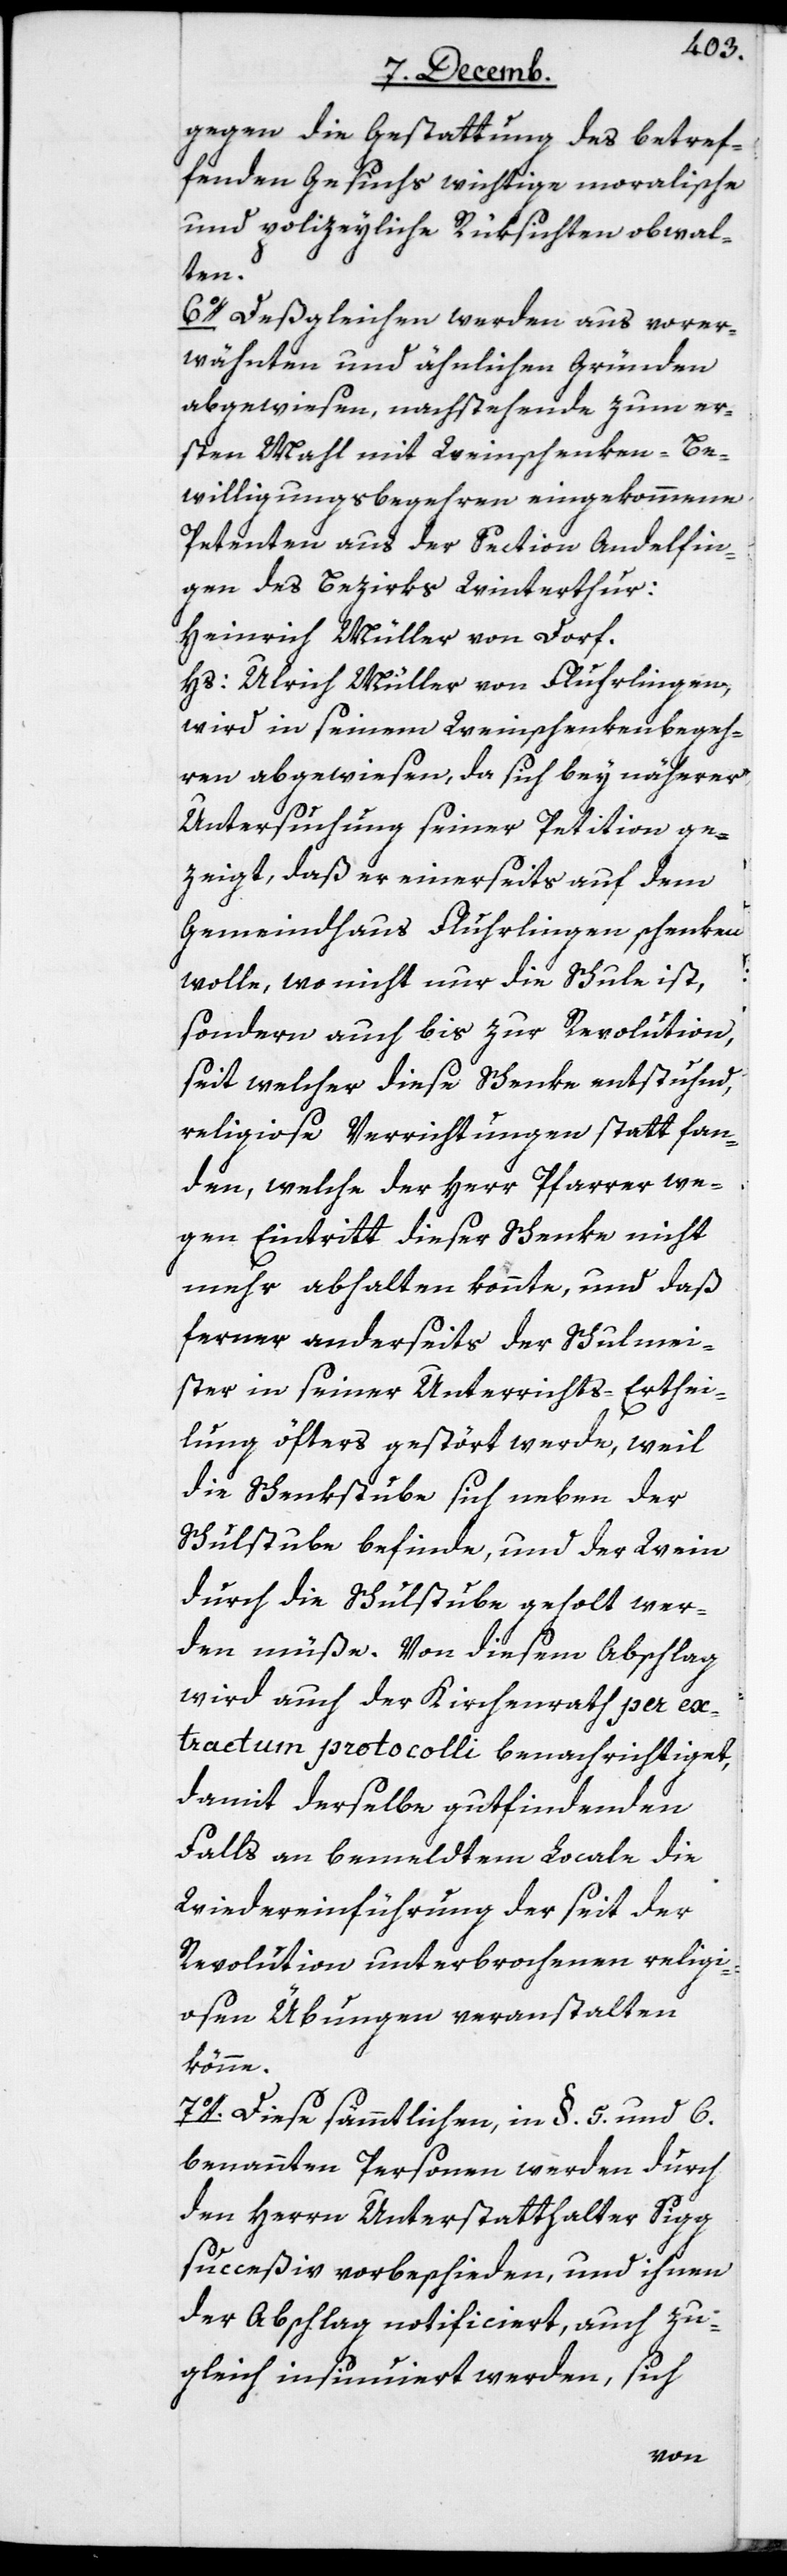
gegen die Gestattung des betref¬
fenden Gesuchs wichtige moralische
und polizeyliche Rüksichten obwal¬
ten.
6o. Deßgleichen werden aus vorer¬
wähnten und ähnlichen Gründen
abgewiesen, nachstehende zum er¬
sten Mahl mit Weinschenken-Be¬
willigungsbegehren eingekommene
Petenten aus der Section Andelfin¬
gen des Bezirks Winterthur:
Heinrich Müller von Dorf.
Hs. Ulrich Müller von Fluhrlingen,
wird in seinem Weinschenkenbegeh¬
ren abgewiesen, da sich bey näherer
Untersuchung seiner Petition ge¬
zeigt, daß er einerseits auf dem
Gemeindhaus Fluhrlingen schenken
wolle, wo nicht nur die Schule ist,
sondern auch bis zur Revolution,
seit welcher diese Schenke entstuhnd,
religiose Verrichtungen statt fan¬
den, welche der Herr Pfarrer we¬
gen Eintritt dieser Schenke nicht
mehr abhalten konnte, und daß
ferner anderseits der Schulmei¬
ster in seiner Unterrichts-Erthei¬
lung öfters gestört werde, weil
die Schenkstube sich neben der
Schulstube befinde, und der Wein
durch die Schulstube geholt wer¬
den müße. Von diesem Abschlag
wird auch der Kirchenrat per ext¬
ractum protocolli benachrichtiget,
damit derselbe gutfindenden
Falls an bemeldtem Locale die
Wiedereinführung der seit der
Revolution unterbrochenen religi¬
osen Übungen veranstalten
könne.
7o. Diese sämmtlichen, in §. 5 und 6.
benannten Personen werden durch
den Herrn Unterstatthalter Sigg
succeßiv vorbeschieden, und ihnen
der Abschlag notificiert, auch zu¬
sich
gleich insinuiert werden,